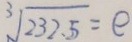
\sqrt [ 3 ] { 2 3 2 . 5 } = e